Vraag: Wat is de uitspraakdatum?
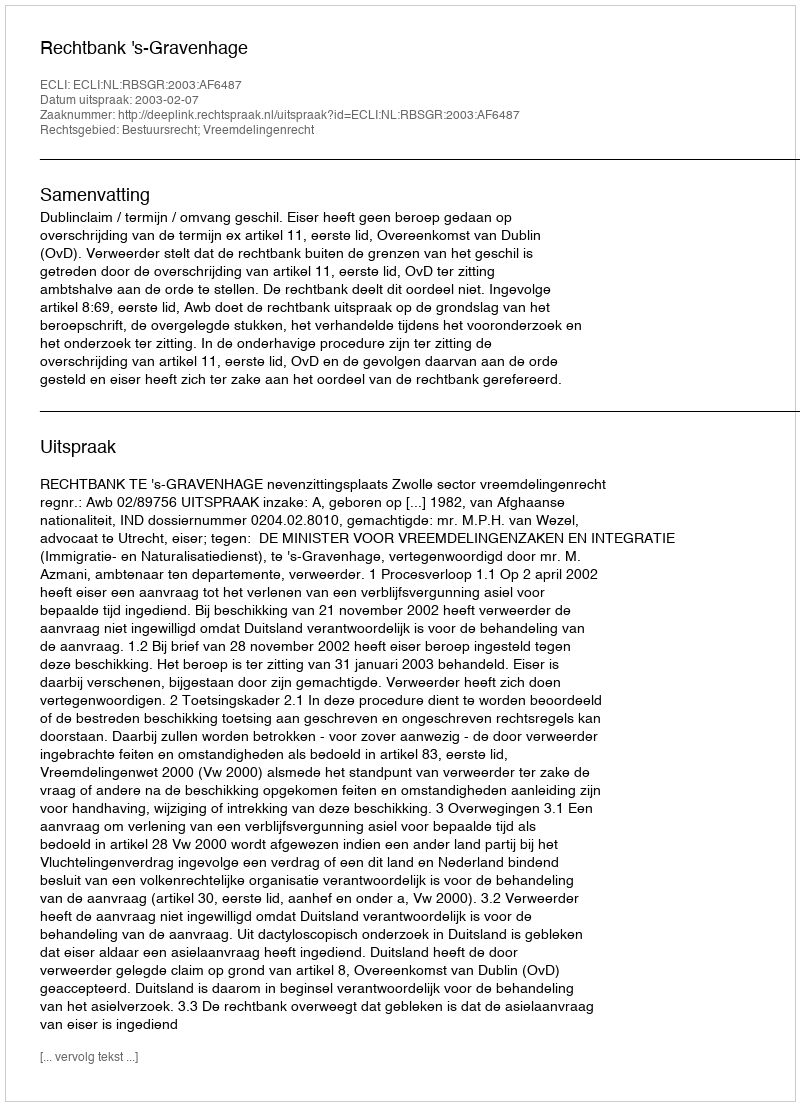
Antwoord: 2003-02-07